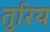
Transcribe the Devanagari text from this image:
तुरिय